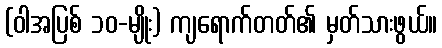
(ဝါအပြစ် ၁၀-မျိုး) ကျရောက်တတ်၏ မှတ်သားဖွယ်။